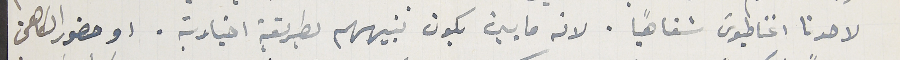
لاحدنا اغناطيوسَ شفاهيًا. لانه ما بين يكون تنبيههم بطريقة اخبارية. او حضور الكاهن